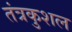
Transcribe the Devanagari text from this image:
तंत्रकुशल